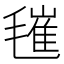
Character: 𣯧